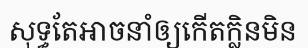
សុទ្ធតែអាចនាំឲ្យកើតក្លិនមិន